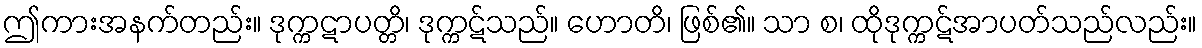
ဤကားအနက်တည်း။ ဒုက္ကဋာပတ္တိ၊ ဒုက္ကဋ်သည်။ ဟောတိ၊ ဖြစ်၏။ သာ စ၊ ထိုဒုက္ကဋ်အာပတ်သည်လည်း။